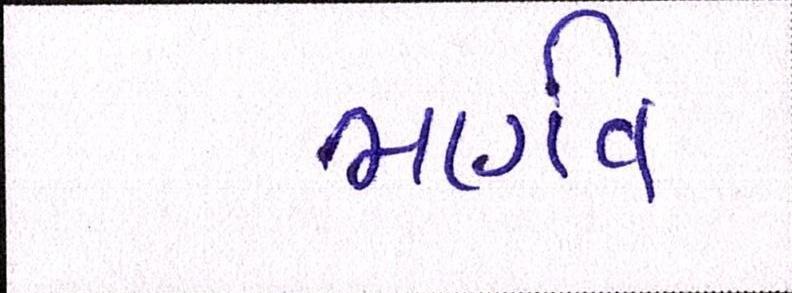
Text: ભાર્ગવ